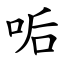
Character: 㖃